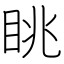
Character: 眺